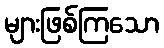
များဖြစ်ကြသော